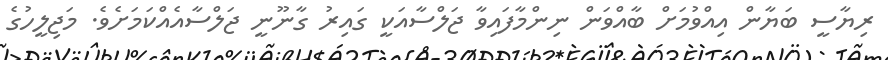
ރިޔާސީ ބަޔާން އިއްވުމަށް ބާއްވަން ނިންމާފައިވާ ޖަލްސާއަކީ ގައިރު ގާނޫނީ ޖަލްސާއެއްކަމަށެވެ. މަޖިލީހުގެ